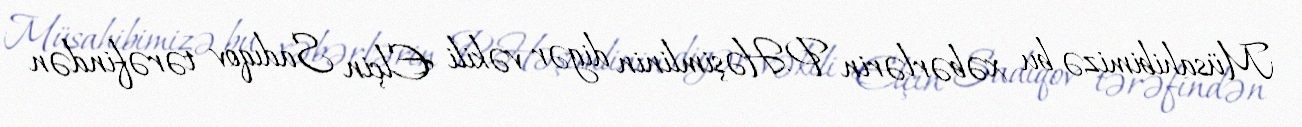
Müsahibimizə bu xəbərlərin P.Həşimlinin digər vəkili Elçin Sadıqov tərəfindən